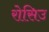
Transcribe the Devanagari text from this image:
रोसिउ